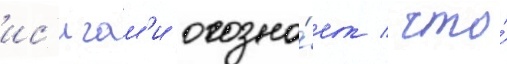
ис'игам'и осозна́ет / что́